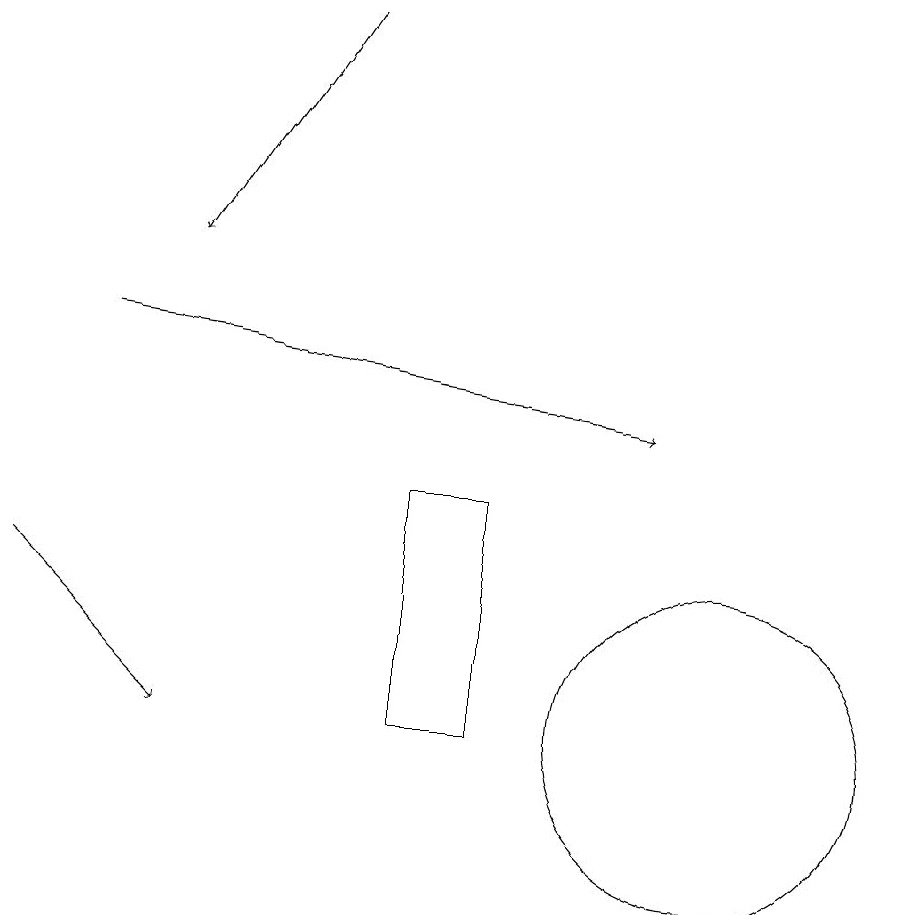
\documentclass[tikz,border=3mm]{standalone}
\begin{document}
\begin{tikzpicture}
\draw[->] (5,19) -- (3,16);
\draw (10,10) circle (2);
\draw[->] (2,15) -- (9,14);
\draw[->] (1,12) -- (3,10);
\draw (6,13) rectangle (7,10);
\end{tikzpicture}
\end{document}